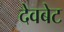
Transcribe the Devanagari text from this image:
देवबेट